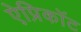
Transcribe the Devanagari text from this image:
ऐप्रिकॉट